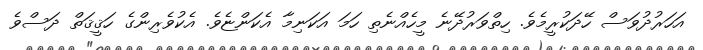
އަހަރުދުވަސް ހޭދަކުރީމެވެ. ހިތްވަރުދޭނެ މީހެއްނެތި ހަމަ އަކަނިމާ އެކަންޏެވެ. އެކުވެރިންގެ ހަޤީޤަތް ދަސްވެ